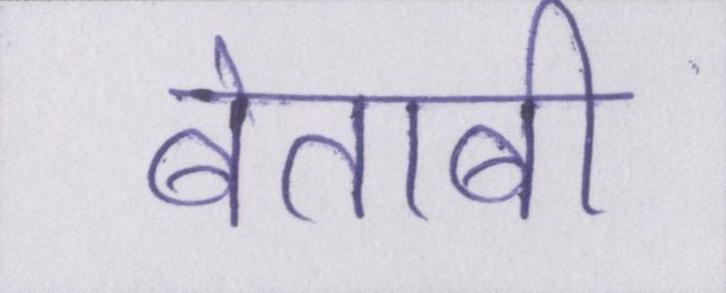
बेताबी